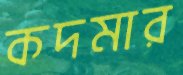
কদমার